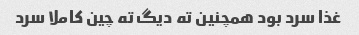
غذا سرد بود همچنین ته دیگ ته چین کاملا سرد